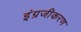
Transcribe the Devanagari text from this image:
इंग्रजीकरण